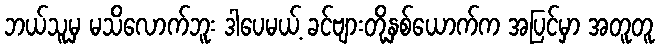
ဘယ်သူမှ မသိလောက်ဘူး ဒါပေမယ့် ခင်ဗျားတို့နှစ်ယောက်က အပြင်မှာ အတူတူ